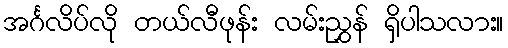
အင်္ဂလိပ်လို တယ်လီဖုန်း လမ်းညွှန် ရှိပါသလား။